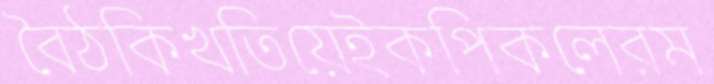
বৈঠকিখতিয়েইকপিকলেরম